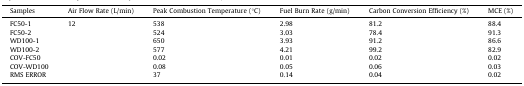
| Samples | Air Flow Rate (L/min) | Peak Combustion Temperature (°C) | Fuel Burn Rate (g/min) | Carbon Conversion Efficiency (%) | MCE (%) |
 | --- | --- | --- | --- | --- | --- |
 | FC50-1 | <ROWSPAN=4> 12 | 538 | 2.98 | 81.2 | 88.4 |
 | FC50-2 | 524 | 3.03 | 78.4 | 91.3 |
 | WD100-1 | 650 | 3.93 | 91.2 | 86.6 |
 | WD100-2 | 577 | 4.21 | 99.2 | 82.9 |
 | COV-FC50 |  | 0.02 | 0.01 | 0.02 | 0.02 |
 | COV-WD100 |  | 0.08 | 0.05 | 0.06 | 0.03 |
 | RMS ERROR |  | 37 | 0.14 | 0.04 | 0.02 |